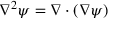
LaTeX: \nabla ^ { 2 } \psi = \nabla \cdot ( \nabla \psi )